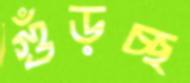
গুঁড়চ্ছ